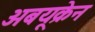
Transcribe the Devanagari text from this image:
अबयूक्रेन